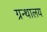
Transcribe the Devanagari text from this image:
ग्रन्‍थालय